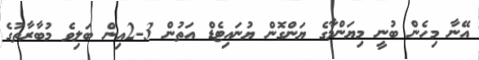
އޭނާ މިހެން ބުނީ މިޔަންމާގެ ޔަންގޮން ޔުނައިޓެޑް އަތުން 3-2އިން ބަލިވެ މުބާރާތުގެ